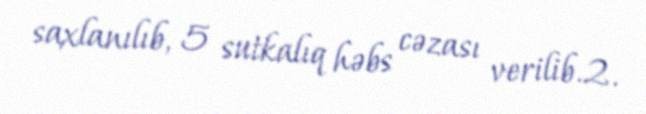
saxlanılıb, 5 sutkalıq həbs cəzası verilib.2.